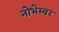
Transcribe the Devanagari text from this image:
नोभेम्बर